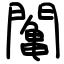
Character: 䦰